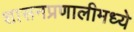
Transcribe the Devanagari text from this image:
शासनप्रणालीमध्ये